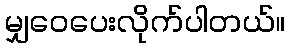
မျှဝေပေးလိုက်ပါတယ်။